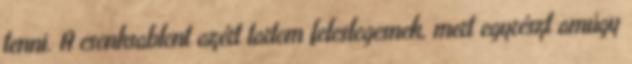
tenni. A csonksablont azért tartom feleslegesnek, mert egyrészt amúgy